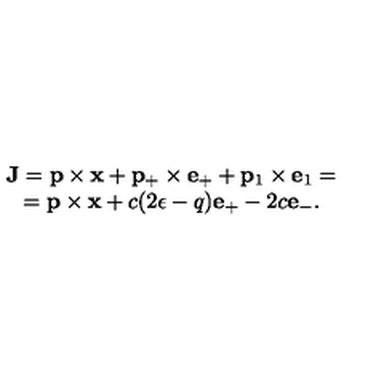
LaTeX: \begin{array} { c } { { \bf J } = { \bf p } \times { \bf x } + { \bf p } _ { + } \times { \bf e } _ { + } + { \bf p } _ { 1 } \times { \bf e } _ { 1 } = } \\ { = { \bf p } \times { \bf x } + c ( 2 \epsilon - q ) { \bf e } _ { + } - 2 c { \bf e } _ { - } . } \\ \end{array}